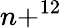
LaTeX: n+^{12}